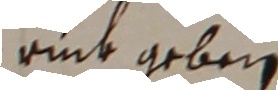
ruck geben.